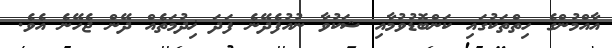
އާއްމުންގެ ހިތްތަކުގައި ކަންބޮޑުވުމާއި ޝަކުވާ ނުއުފެދޭނެ ފަދަ ޚިދުމަތެއް ދޭން ޖެހޭނެ އެވެ.